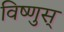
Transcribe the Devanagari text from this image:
विष्णुस्